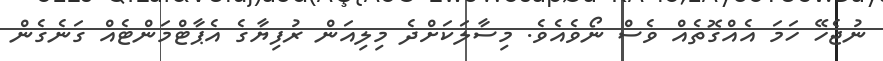
ނުޖެހޭ ހަމަ އެއްގޮތެއް ވެސް ނޯވެއެވެ. މިސާލަކަށްދެ މިލިއަން ރުފިޔާގެ އެޕާޓްމަންޓެއް ގަނެގެން